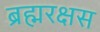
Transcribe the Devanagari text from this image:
ब्रह्मरक्षस